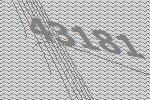
43181